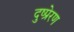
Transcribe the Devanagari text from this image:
दुष्प्रेरण